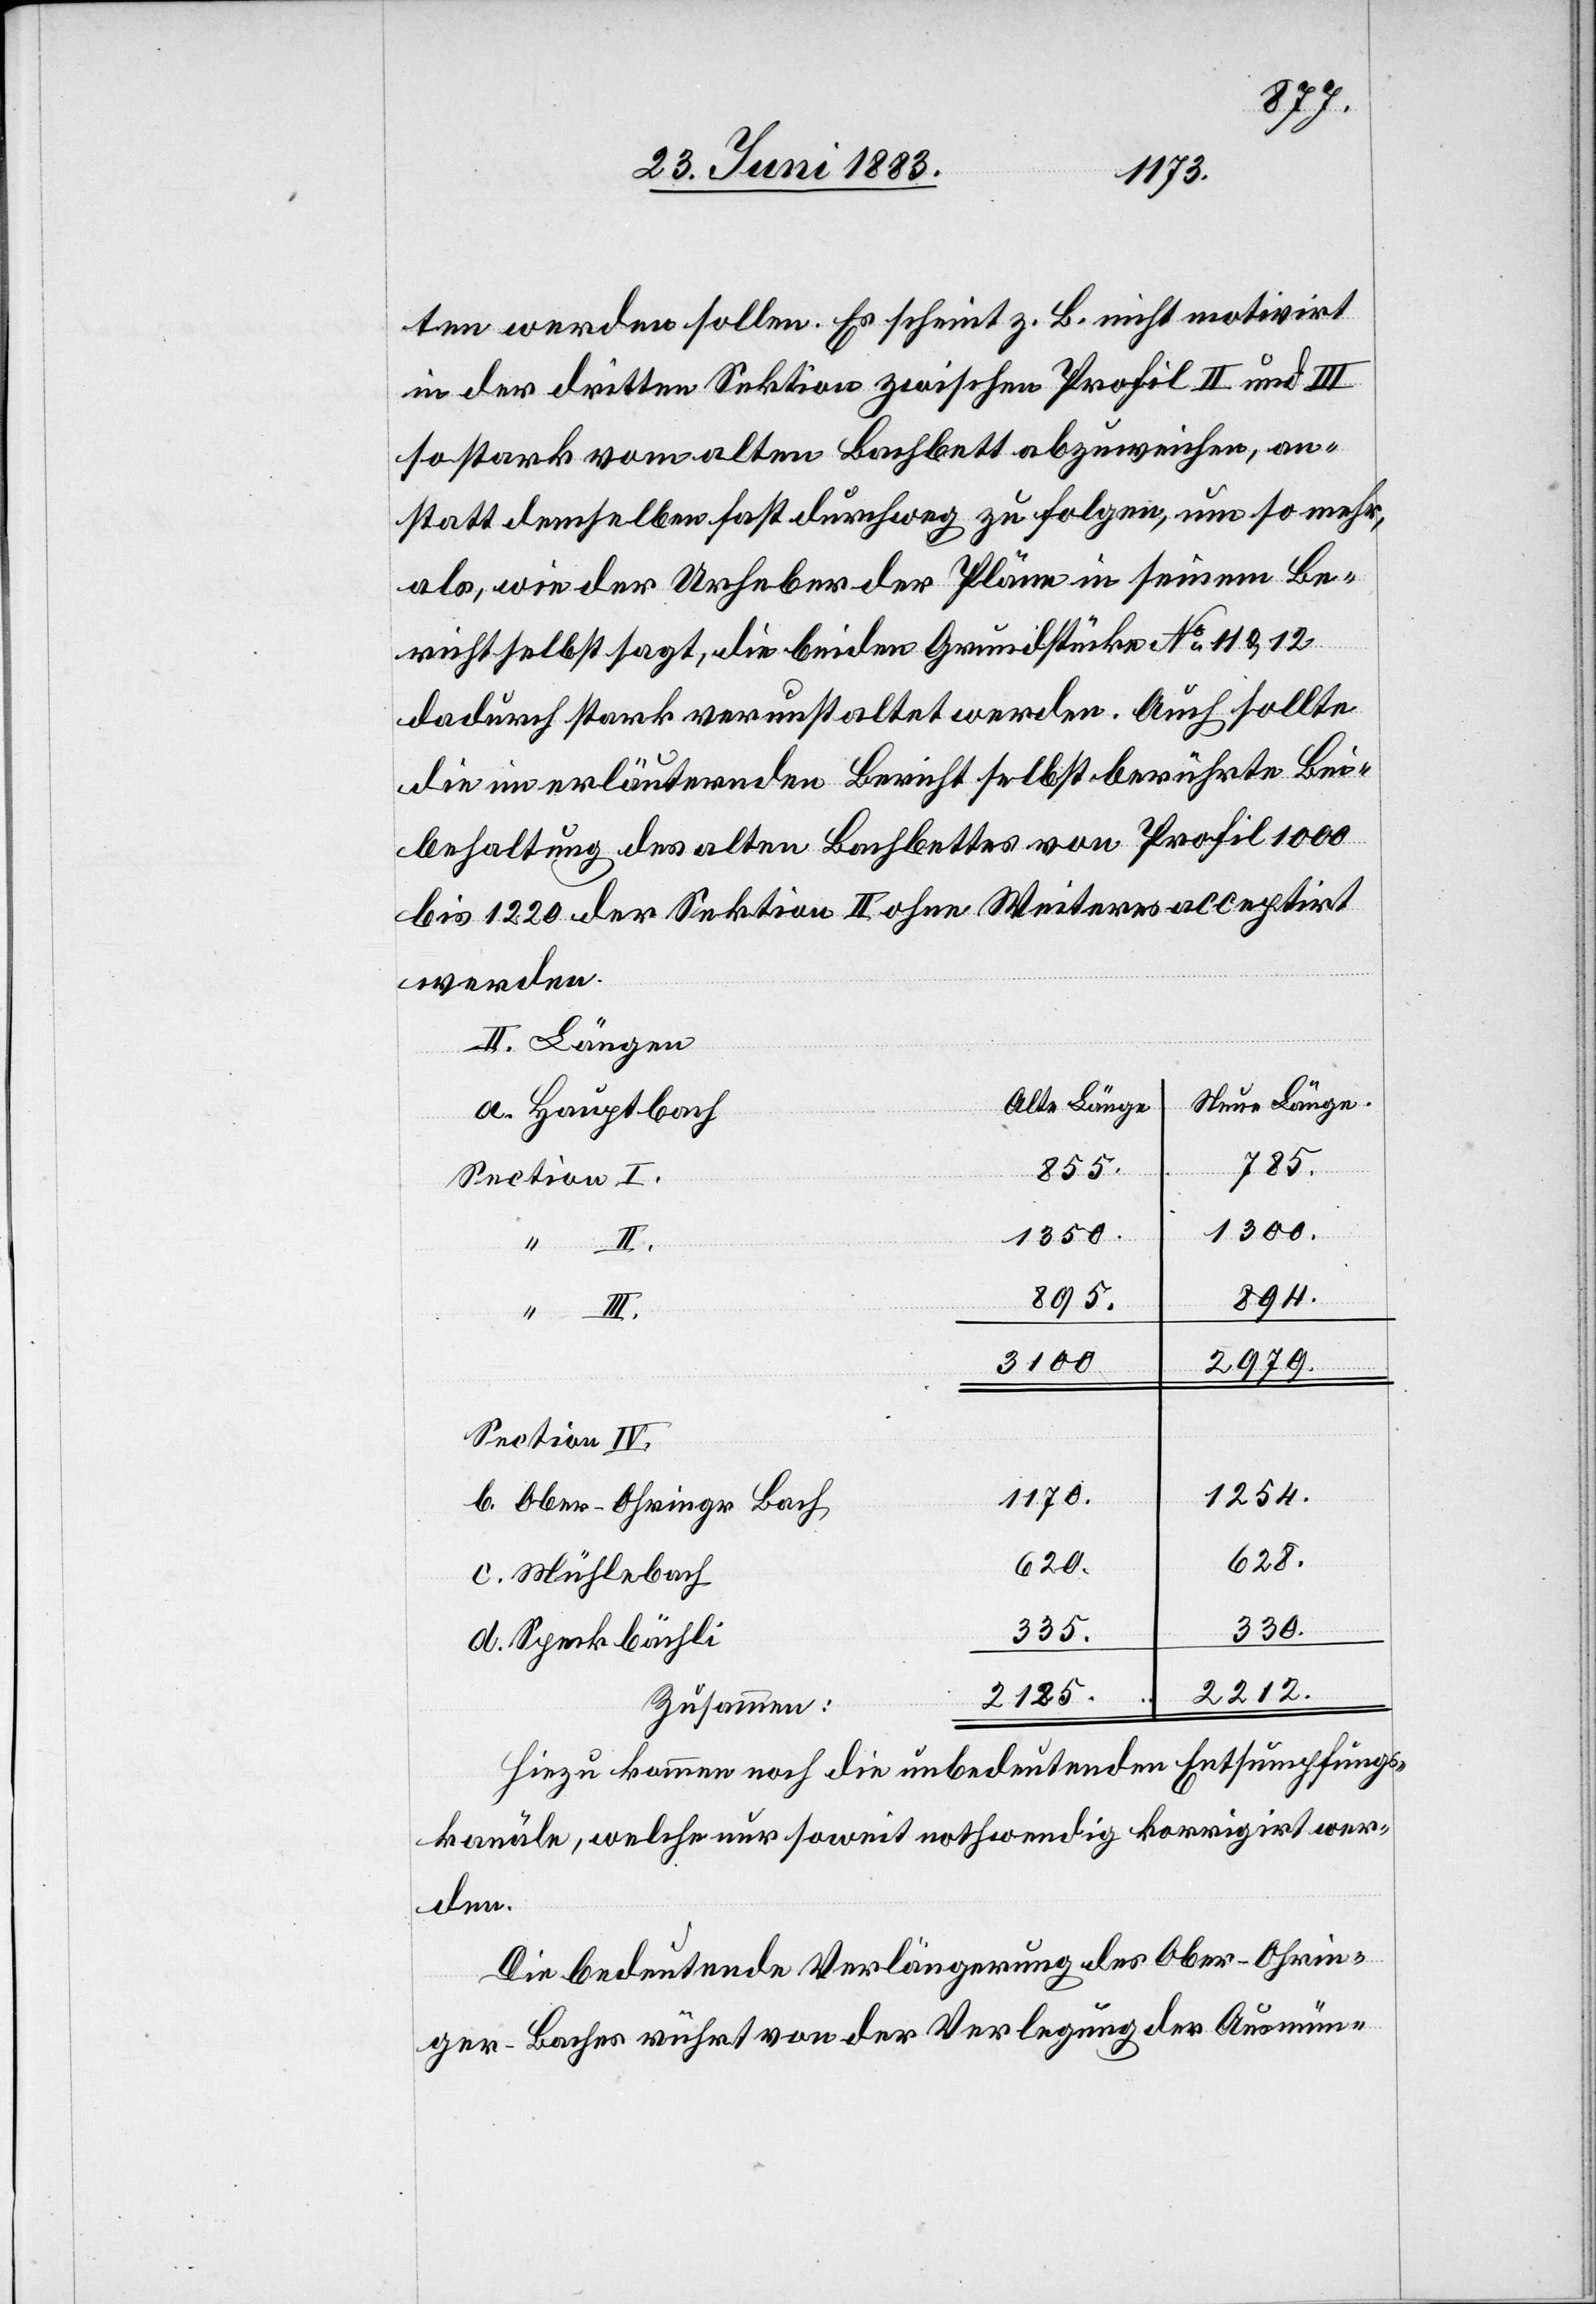
ten werden sollen. Es scheint z. B. nicht motivirt
in der dritten Sektion zwischen Profil II und III
so stark vom alten Bachbett abzuweichen, an¬
statt demselben fast durchweg zu folgen, um so mehr,
als, wie der Urheber der Pläne in seinem Be¬
richt selbst sagt, die beiden Grundstücke No 11 & 12
dadurch stark verunstaltet werden. Auch sollte
die im erläuternden Bericht selbst berührte Bei¬
behaltung des alten Bachbettes von Profil 1000
bis 1220 der Sektion II ohne Weiteres acceptirt
werden.
II. Längen
Neue Länge.
Alte Länge
a. Hauptbach
785.
855
1300.
1350
894.
895.
“
3100
2979.
Section IV.
1170.
1254.
b. Ober-Ohringen Bach
628.
620.
c. Mühlebach
330.
335.
d. Speckbächli
2212
2125
Zusammen:
Hinzu kommen noch die unbedeutenden Entsumpfungs¬
kanäle, welche nur soweit nothwendig korrigirt wer¬
den.
Die bedeutende Verlängerung des Ober-Ohrin¬
ger-Baches rührt von der Verlegung der Ausmün-